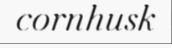
cornhusk